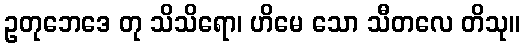
ဥတုဘေဒေ တု သိသိရော၊ ဟိမေ သော သီတလေ တိသု။